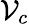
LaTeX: \mathcal{V}_{c}